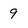
Character: 9